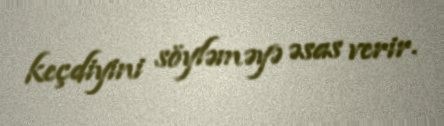
keçdiyini söyləməyə əsas verir.